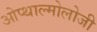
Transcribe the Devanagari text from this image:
ओप्थाल्मोलोजी